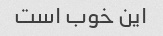
این خوب است